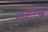
મહારાજો